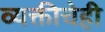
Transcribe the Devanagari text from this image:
व्यक्तीचेही